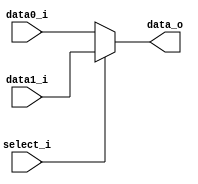
module MUX32(
    data0_i,
    data1_i,
    select_i,
    data_o
);

input  [31:0]	data0_i;
input  [31:0]	data1_i;
input			select_i;

output [31:0]	data_o;

assign data_o = (
	(select_i == 1'b0)? data0_i:
	(select_i == 1'b1)? data1_i:
	32'd0
);

endmodule